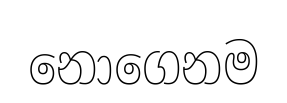
නොගෙනම